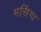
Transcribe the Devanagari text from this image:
मसिंगा